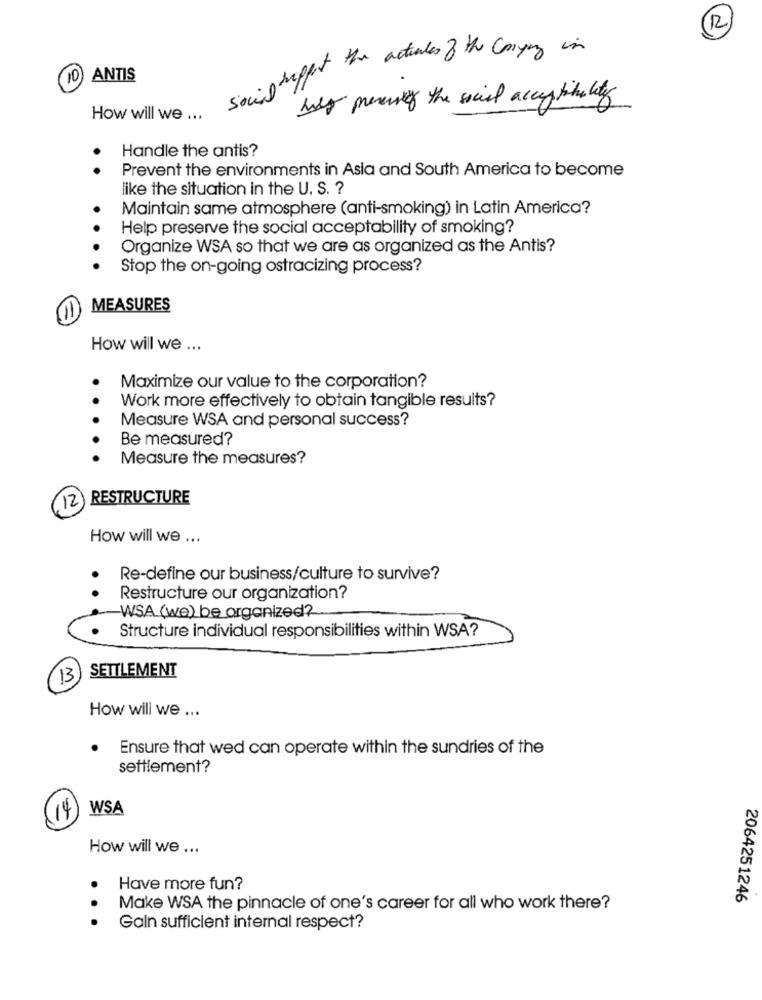
R
Social support the actuales & the company in
10
ANTIS
hey presing the social acceptibility
How will we ...
Handle the antis?
Prevent the environments in Asia and South America to become
. .
like the situation in the U. S. ?
Maintain same atmosphere (anti-smoking) in Latin America?
Help preserve the social acceptability of smoking?
Organize WSA so that we are as organized as the Antis?
.. . .
Stop the on-going ostracizing process?
MEASURES
How will we ...
Maximize our value to the corporation?
Work more effectively to obtain tangible results?
Measure WSA and personal success?
Be measured?
Measure the measures?
12) RESTRUCTURE
How will we ...
Re-define our business/culture to survive?
Restructure our organization?
-WSA (we) be organized?
Structure individual responsibilities within WSA?
SETTLEMENT
13
How will we ...
Ensure that wed can operate within the sundries of the
settlement?
WSA
14
How will we ...
Have more fun?
2064251246
Make WSA the pinnacle of one's career for all who work there?
...
Galn sufficient internal respect?